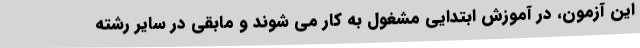
این آزمون، در آموزش ابتدایی مشغول به کار می شوند و مابقی در سایر رشته